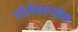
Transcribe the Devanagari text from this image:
प्रोतेक्श्योन